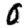
Digit: 0